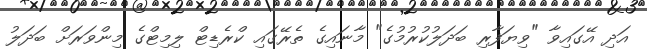
އަދި އޭގައިވާ "ވިޔަފާރި ބަދަލުކުރުމުގެ" މާނައިގެ ތެރޭގައި ކްރެޑިޓް ލިމިޓްގެ މިންވަރަށް ބަދަލު